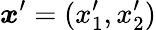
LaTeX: \boldsymbol{x}^{\prime}=(x_{1}^{\prime},x_{2}^{\prime})